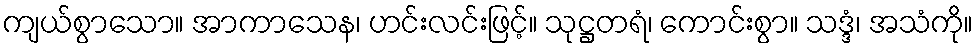
ကျယ်စွာသော။ အာကာသေန၊ ဟင်းလင်းဖြင့်။ သုဋ္ဌတရံ၊ ကောင်းစွာ။ သဒ္ဒံ၊ အသံကို။